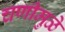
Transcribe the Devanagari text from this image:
चणीमुळे